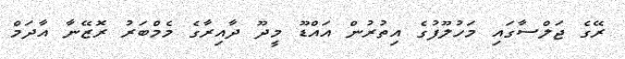
ރޭގެ ޖަލްސާގައި މަހުލޫފުގެ އިތުރުން އައްޑޫ މީދޫ ދާއިރާގެ މެމްބަރު ރޮޒޭނާ އާދަމް